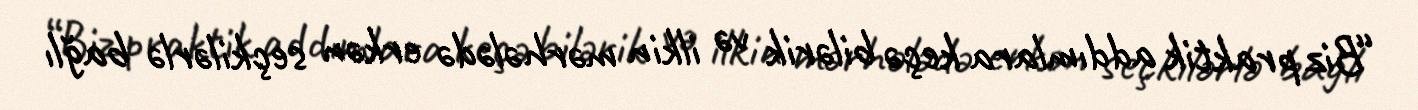
“Biz praktik addımlara keçə bilərik və ilkin mərhələdə erkən seçkilərlə bağlı